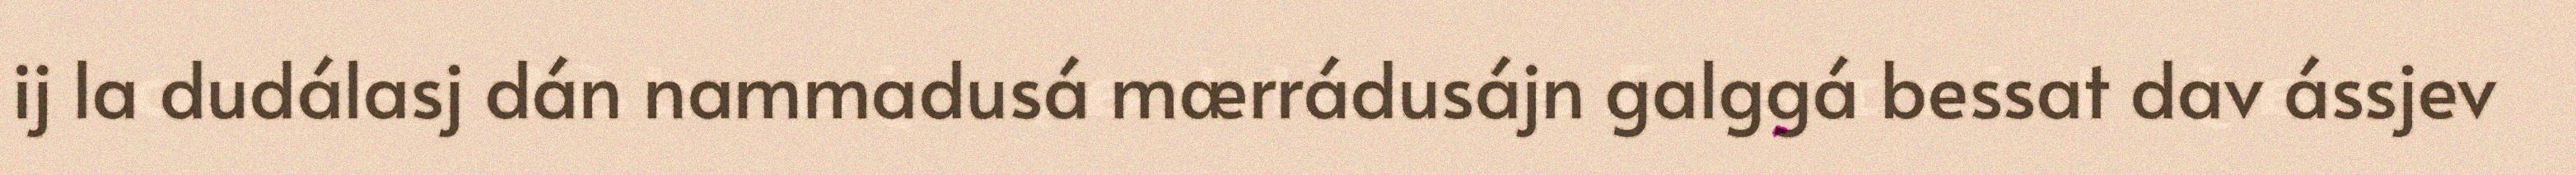
ij la dudálasj dán nammadusá mærrádusájn galggá bessat dav ássjev